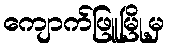
ကျောက်ဖြူမြို့မှ